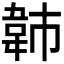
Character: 𫖍